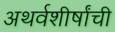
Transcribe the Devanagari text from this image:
अथर्वशीर्षांची